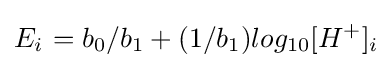
E_{i^{}}=b_{0}/b_{1}+(1/b_{1})log_{10}[H^{+}]_{i}